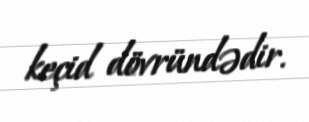
keçid dövründədir.